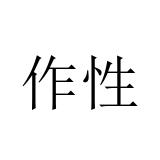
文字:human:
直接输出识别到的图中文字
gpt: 作性